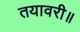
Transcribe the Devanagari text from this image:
तयावरी॥